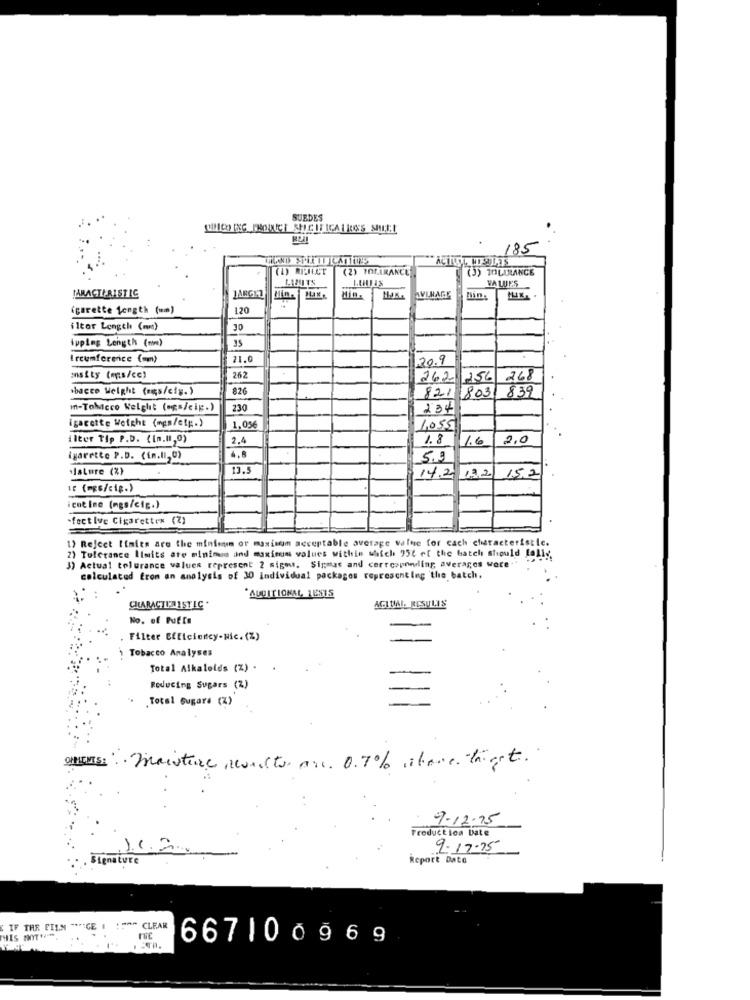
SUBDES
185
(2) TOLLRANCE
(J) TOLULANCE
VA LUI'S
JARACTERISTIC
JARGET
Hin.
AVERAGE
Min.
(gurette length (mm)
120
iltor Length (mm)
30
ipping Length (mm)
35
Ircumference (mm)
21.0
20.9
onsity (ms/cc)
262
262
1256
268
sbacco Weight (eis/cis.)
820
839
821 8031
m-Tobacco Welght (ogs/cip.)
230
234
igacette Weight (mgs/etc.)
1.056
1055
ilter Tip P.D. (in.(1,0)
2.4
1.8
1.6 2.0
igarette P.D. (in.Il, 0)
4.8
5.0
Isture (%)
13.5
14.2 1.72
15,2
ientIne (mgs/ctg.)
fective Cigarettes (Z)
1) Rejeet limies are the minimum or maximum acceptable average value for cach characteristic.
2) Tolerance limits ate minimum and maximum values within which 95℃ of the batch should falls
3) Actual tolurance values represent 2 signs. Sigmas and corresponding averages were.
calculated from an analysis of 30 Individual packages representing the batch.
*ADDITIONAL, RESIS
CHARACTERISTIC
ACTUAL, RESULIS
No. of Puffs
Filter Efficiency-Nic. (%)
Tobacco Analyses
Total Alkaloids (%) .
Reducing Sugars (2)
Total Gugare (Z)
COMENTS: moisture revuelto ane. 0.7% share thiset.
7-12-15
Production bate
9-17-75
Report Date
IF THE FILM " ** CE I :" CLEAR
HIS MOTHER,
6671009 69